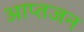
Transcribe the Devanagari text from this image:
आप्तजन